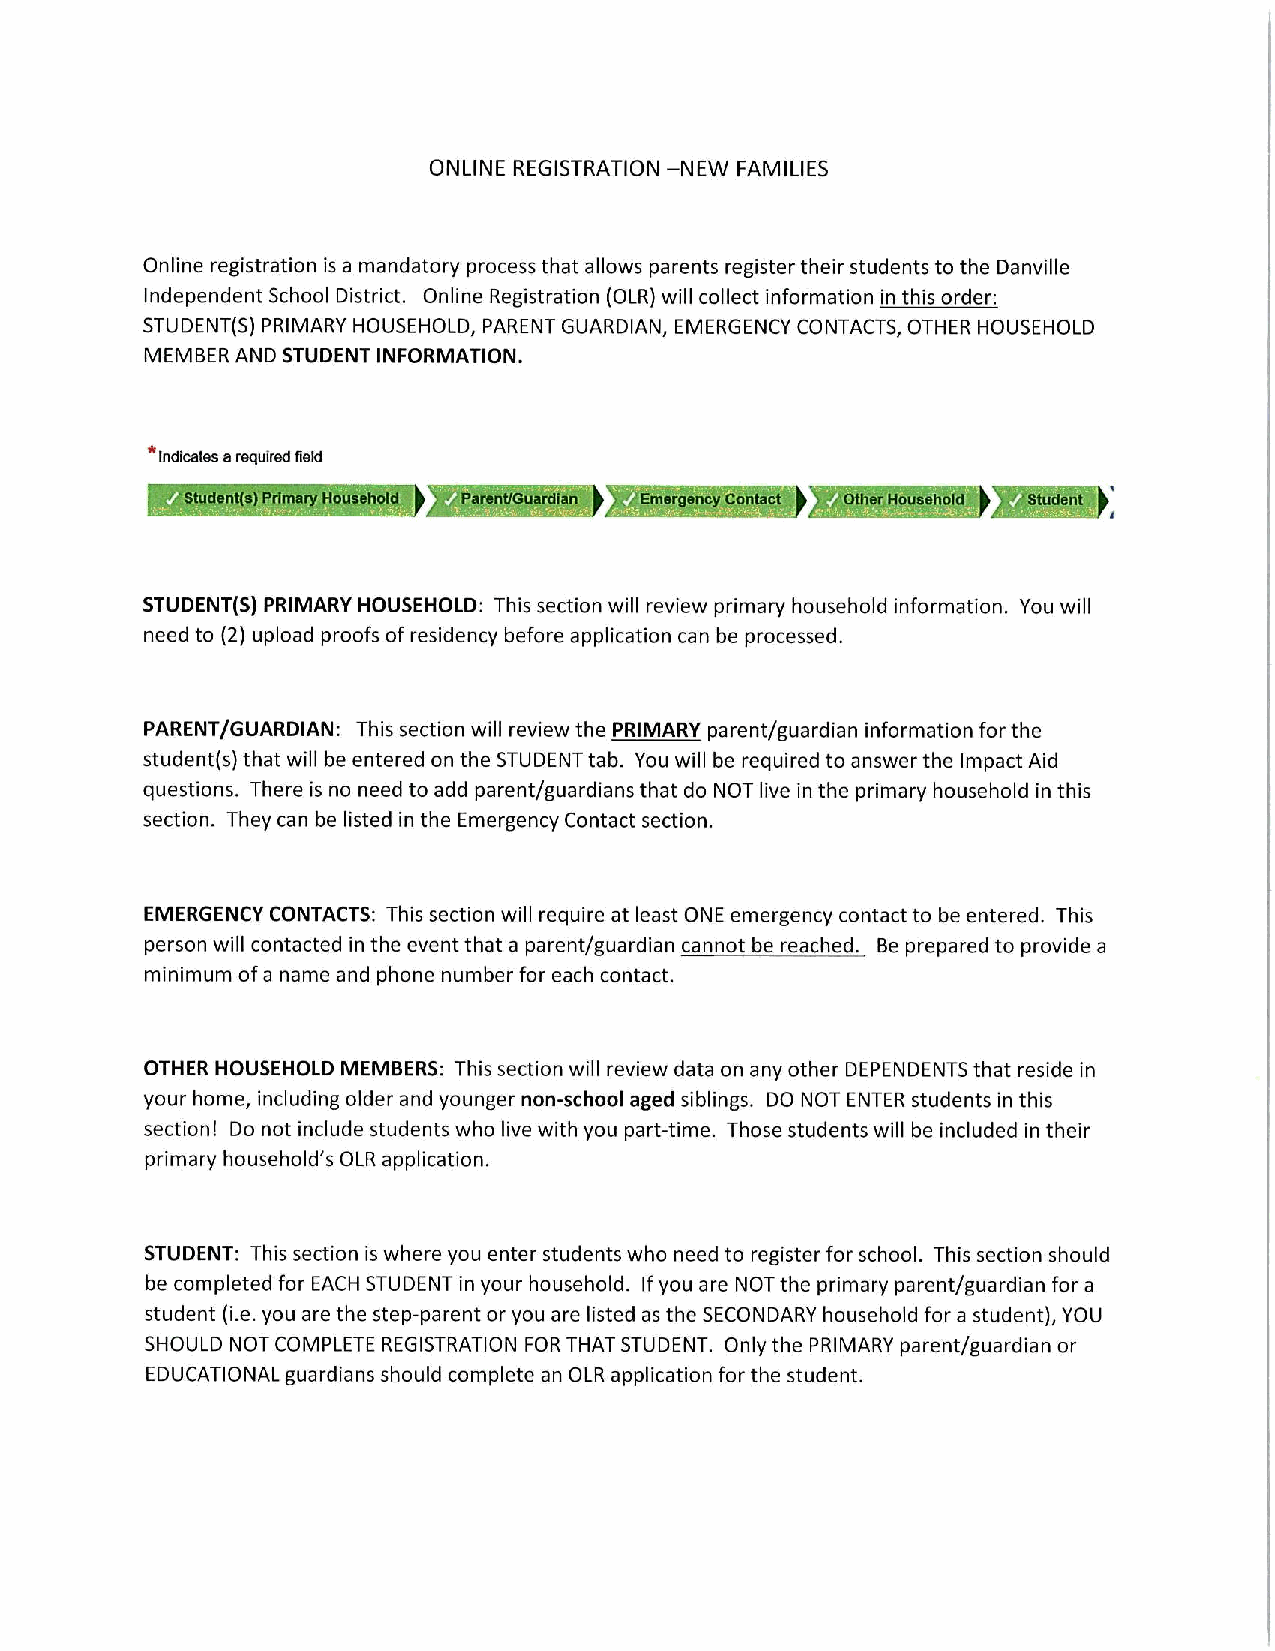
ONLINE REGISTRATION —NEW FAMILIES
 Online registration is a mandatory processthat allows parents registertheirstudents to the Danville
 IndependentSchoolDistrict. Online Registration (OLR)will collect informationin this order:
 STUDENT(S) PRIMARY HOUSEHOLD, PARENT GUARDIAN, EMERGENCY CONTACTS, OTHER HOUSEHOLD
 MEMBER AND STUDENT INFORMATION.
 *Indicatesarequiredfield
 STUDENT(S) PRIMARY HOUSEHOLD:This section will review primary household information. You will
 need to (2) upload proofs of residency before application can be processed.
 PARENT/GUARDIAN: This section will reviewthe PRIMARY parent/guardian information forthe
 student(s)that will be entered on the STUDENTtab. You will be required to answerthe Impact Aid
 questions. There is no need to add parent/guardiansthat do NOTlive in the primary household in this
 section. They can belisted in the EmergencyContact section.
 EMERGENCY CONTACTS: This section will require at least ONE emergency contactto be entered. This
 personwill contacted in the event that a parent/guardian cannot be reached. Be preparedto provide a
 minimum ofa name and phone numberfor each contact.
 OTHER HOUSEHOLD MEMBERS:This section will review data on anyother DEPENDENTSthatresidein
 your home,including older and younger non-schoolagedsiblings. DO NOT ENTERstudentsin this
 section! Do not include students wholive with you part-time. Those studentswill be included in their
 primary household’s OLR application.
 STUDENT:This section is where you enter studentswho needto registerforschool. This section should
 be completed for EACH STUDENTin your household. Ifyou are NOTthe primary parent/guardian fora
 student(i.e. you are the step-parentoryouarelisted as the SECONDARYhousehold fora student), YOU
 SHOULD NOTCOMPLETE REGISTRATION FORTHATSTUDENT. Onlythe PRIMARYparent/guardian or
 EDUCATIONALguardians should complete an OLR application forthe student.